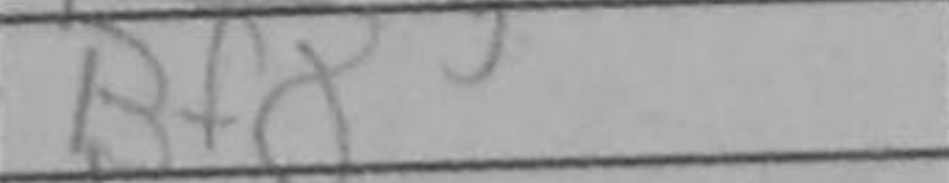
Transcription: Bf8